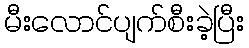
မီးလောင်ပျက်စီးခဲ့ပြီး